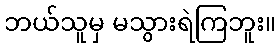
ဘယ်သူမှ မသွားရဲကြဘူး။